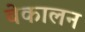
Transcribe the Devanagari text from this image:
बेकालन